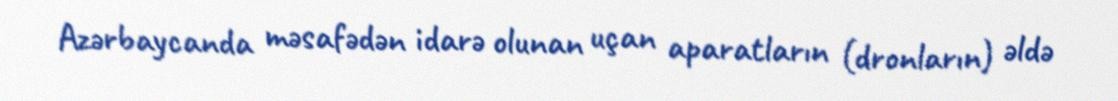
Azərbaycanda məsafədən idarə olunan uçan aparatların (dronların) əldə